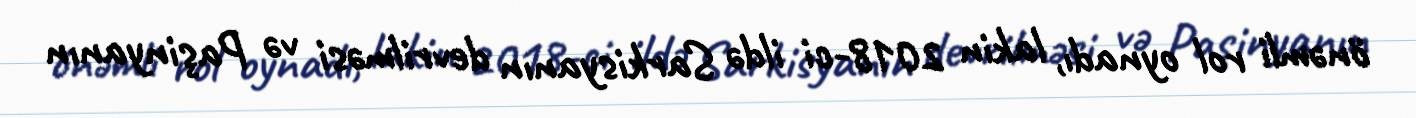
önəmli rol oynadı, lakin 2018-ci ildə Sarkisyanın devrilməsi və Paşinyanın